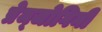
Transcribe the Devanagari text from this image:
प्रेम्जोगिनी